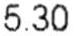
5.30